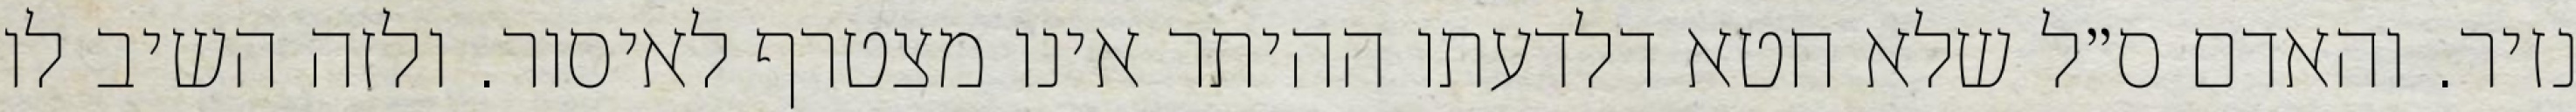
נזיר. והאדם ס״ל שלא חטא דלדעתו ההיתר אינו מצטרף לאיסור. ולזה השיב לו